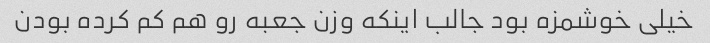
خیلی خوشمزه بود جالب اینکه وزن جعبه رو هم کم کرده بودن